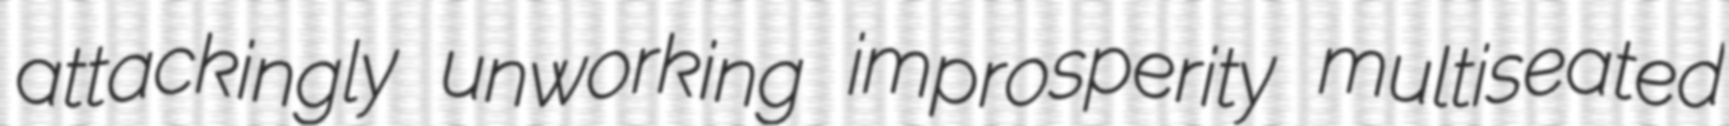
attackingly unworking improsperity multiseated